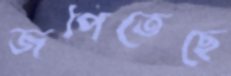
জপিতেছে